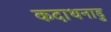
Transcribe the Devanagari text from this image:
कदाथनाडु